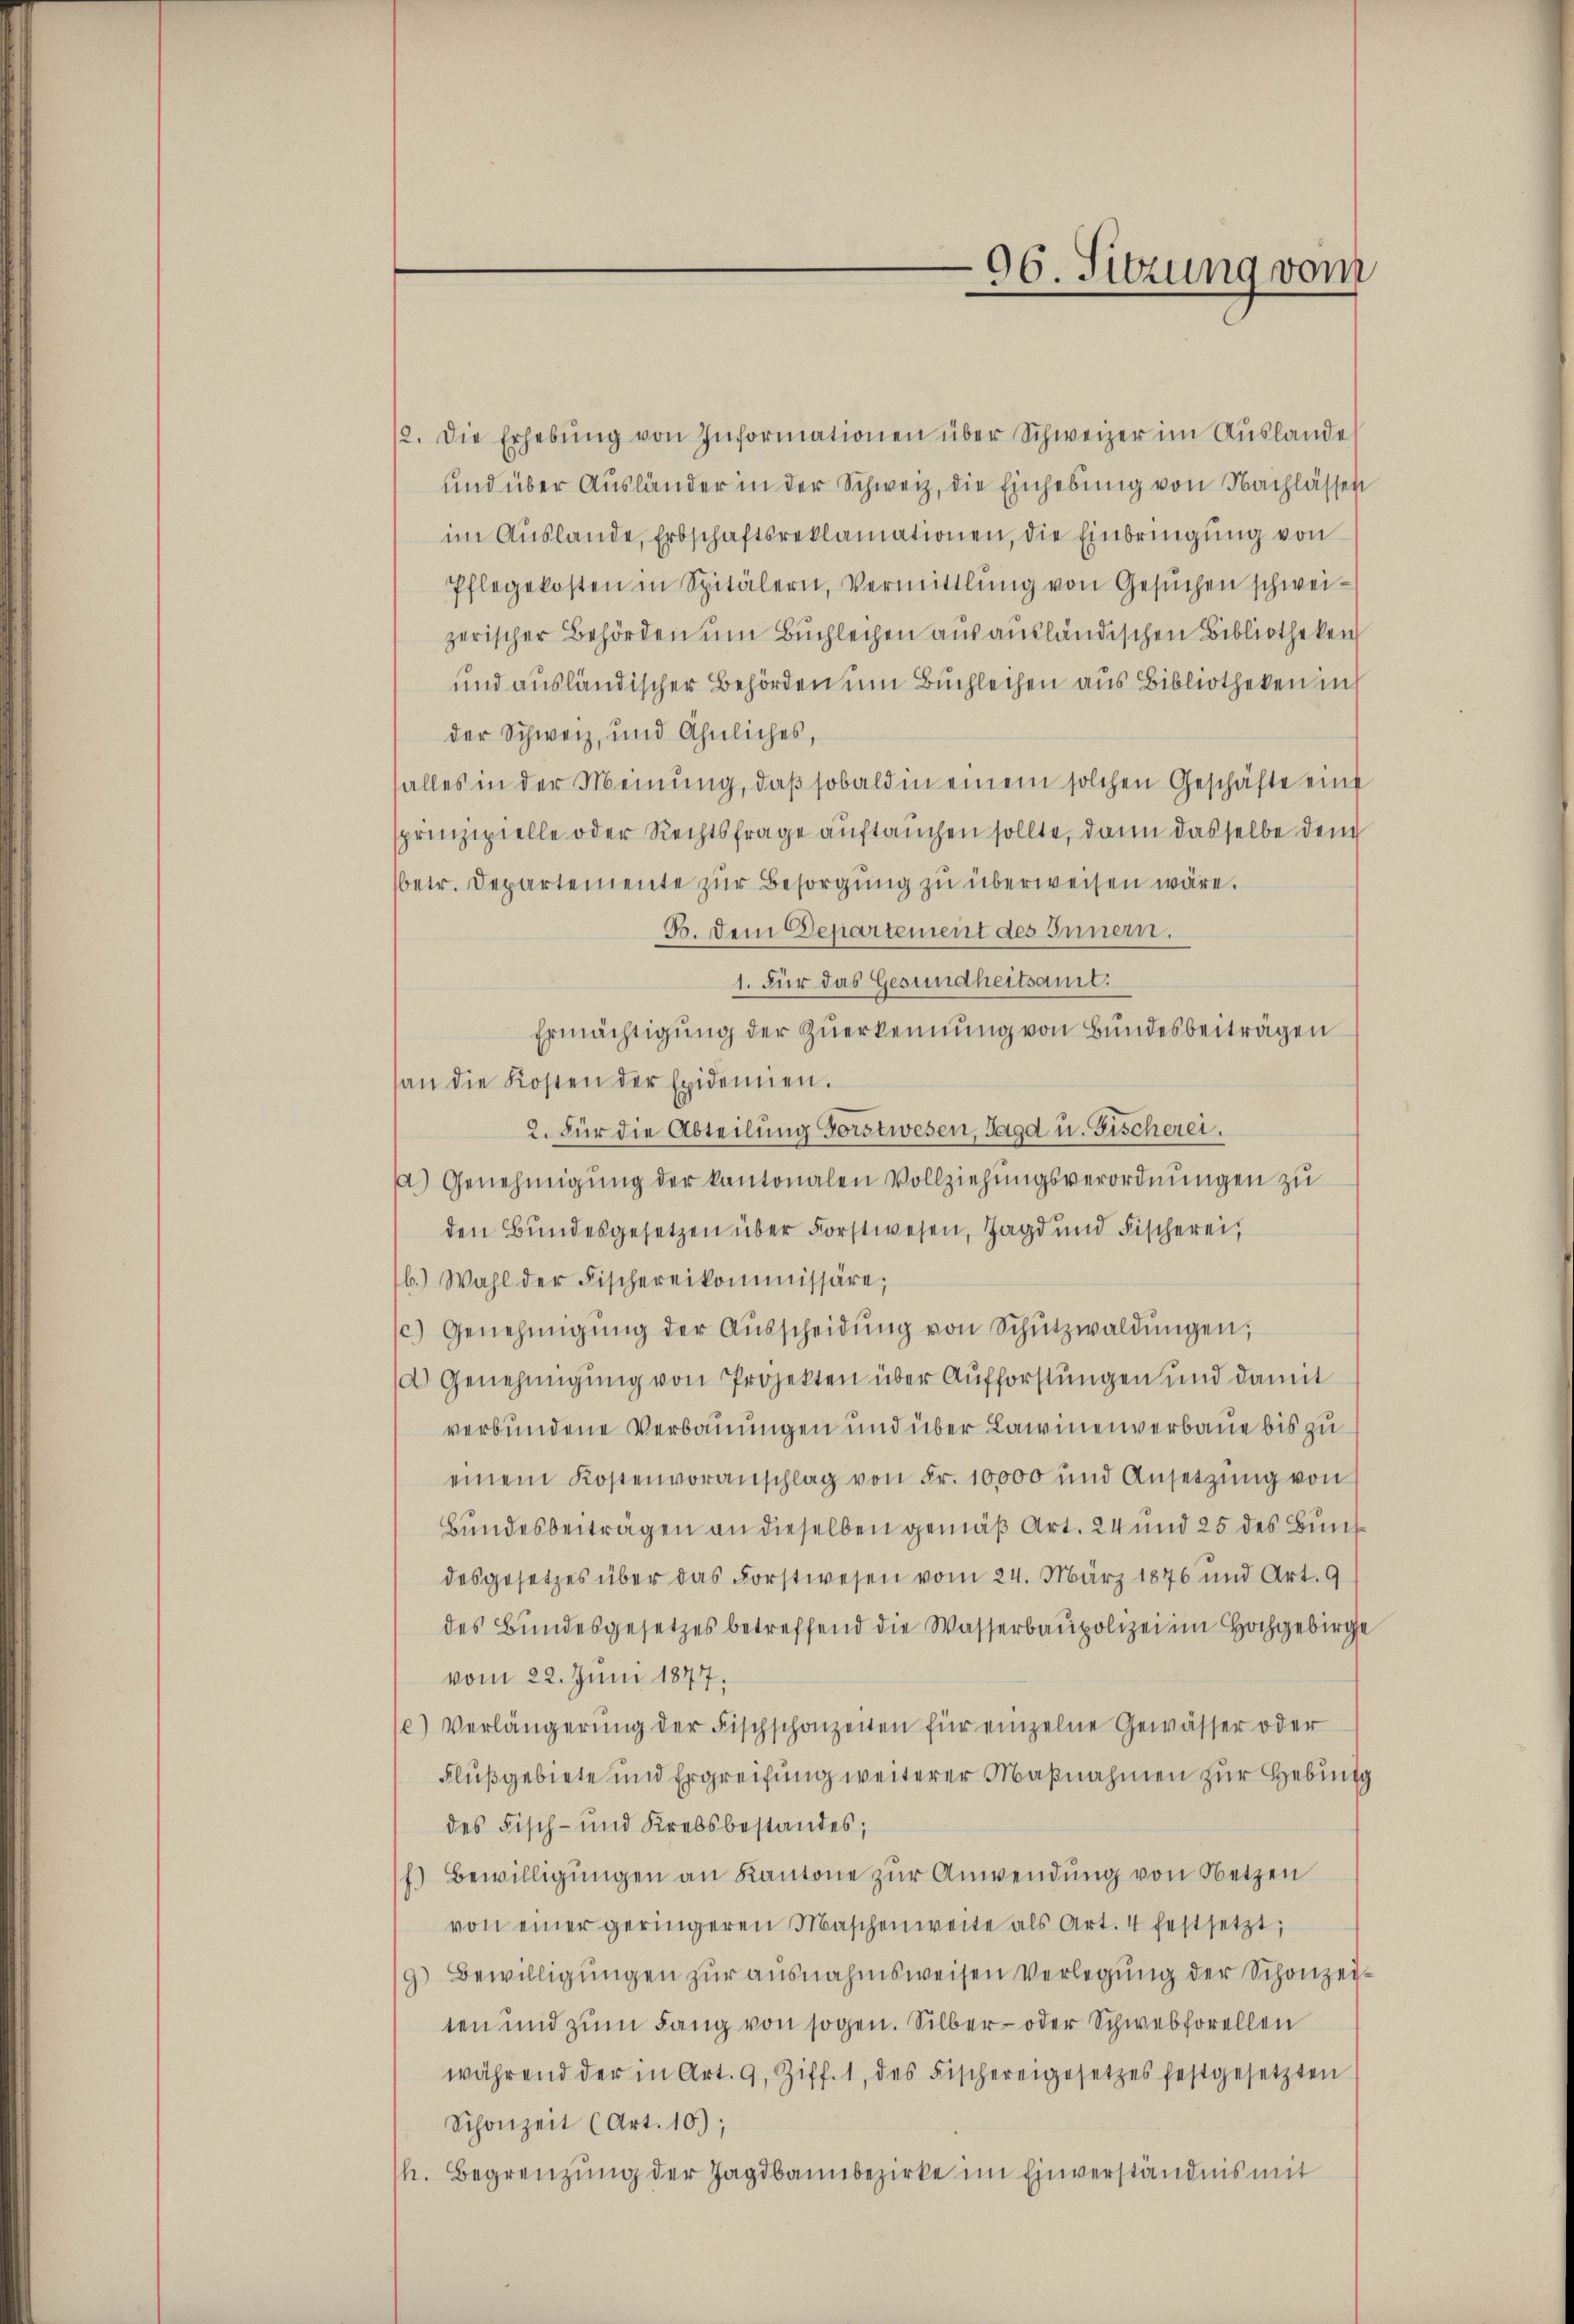
96. Sitzung vom

12. Die Erhebŭng von Informationen über Schweizer im Aŭslande
und über Ausländer in der Schweiz, die Einhebung von Nachlassen
im Aŭslande, Erbschaftsreklamationen, die Einbringŭng von
Pflegekosten in Spitälern, Vermittlung von Gesŭchen schwei-
zerischer Behörden um Buchleihen aus ausländischen Bibliotheken
und ausländischer Behörden um Buchleihen aus Bibliotheken in
der Schweiz, und ähnliches,
alles in der Meinung, daß sobald in einem solchen Geschäfte eine
sprinzipielle oder Rechtsfrage auftauchen sollte, dann dasselbe den
(betr. Departemente zŭr Besorgung zu überweisen wäre.
B. Dem Departement des Innern.
1. Für das Gesundheitsamt.
Ermächtigung der Zuerkennung von Bundesbeiträgen
san die Kosten der Epidemien.
2. Für die Abteilung Forstwesen, Jagd u. Fischerei.
a) Genehmigŭng der kantonalen Vollziehungsverordnŭngen zu
den Bundesgesetzen über Forstwesen, Jagd und Fischerei,
16.) Wahl der Fischereikommissäre;
c) Genehmigŭng der Aŭsscheidŭng von Schŭtzwaldŭngen,
a Genehmigung von Projekten über Aufforstungen und damit
verbundene Verbauungen und über Lawinenverbaue bis zu
einem Kostenvoranschlag von Fr. 10,000 und Ansetzŭng von
Bundesbeiträgen an dieselben gemäß Art. 24 und 25 des Bundesgesetzes über das Forstwesen vom 24. März 1876 und Art. 9
des Bundesgesetzes betreffend die Wasserbaupolizei im Hochgebirge
vom 22. Juni 1877.
c) Verlängerŭng der Fischschonzeiten für einzelne Gewässer oder
Flußgebiete und Ergreifung weiterer Maßnahmen zur Hebung
des Fisch- und Krebsbestandes;
f.) Bewilligŭngen an Kantone zur Anwendung von Netzen
von einer geringeren Maschenweite als Art. 4 festsetzt;
9) Bewilligungen zur ausnahmsweisen Verlegung der Schonzeiten und zum Lang von sogen. Silber- oder Schwebforellen
während der in Art. 9. Ziff. 1, des Fischereigesetzes festgesetzten
Schonzeit (Art. 10);
h. Begrenzung der Jagdbannbezirke im Einverständnis mit